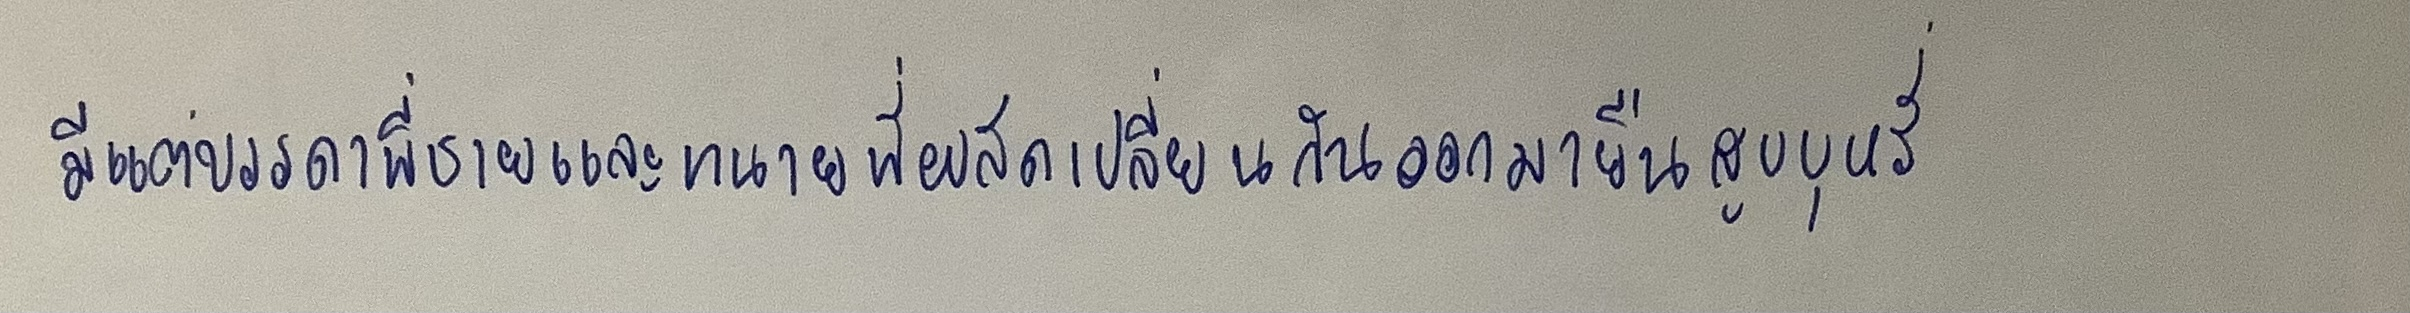
มีแต่บรรดาพี่ชายและทนายที่ผลัดเปลี่ยนกันออกมายืนสูบบุหรี่